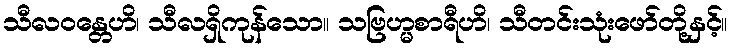
သီလဝန္တေဟိ၊ သီလရှိကုန်သော။ သဗြဟ္မစာရီဟိ၊ သီတင်းသုံးဖော်တို့နှင့်။